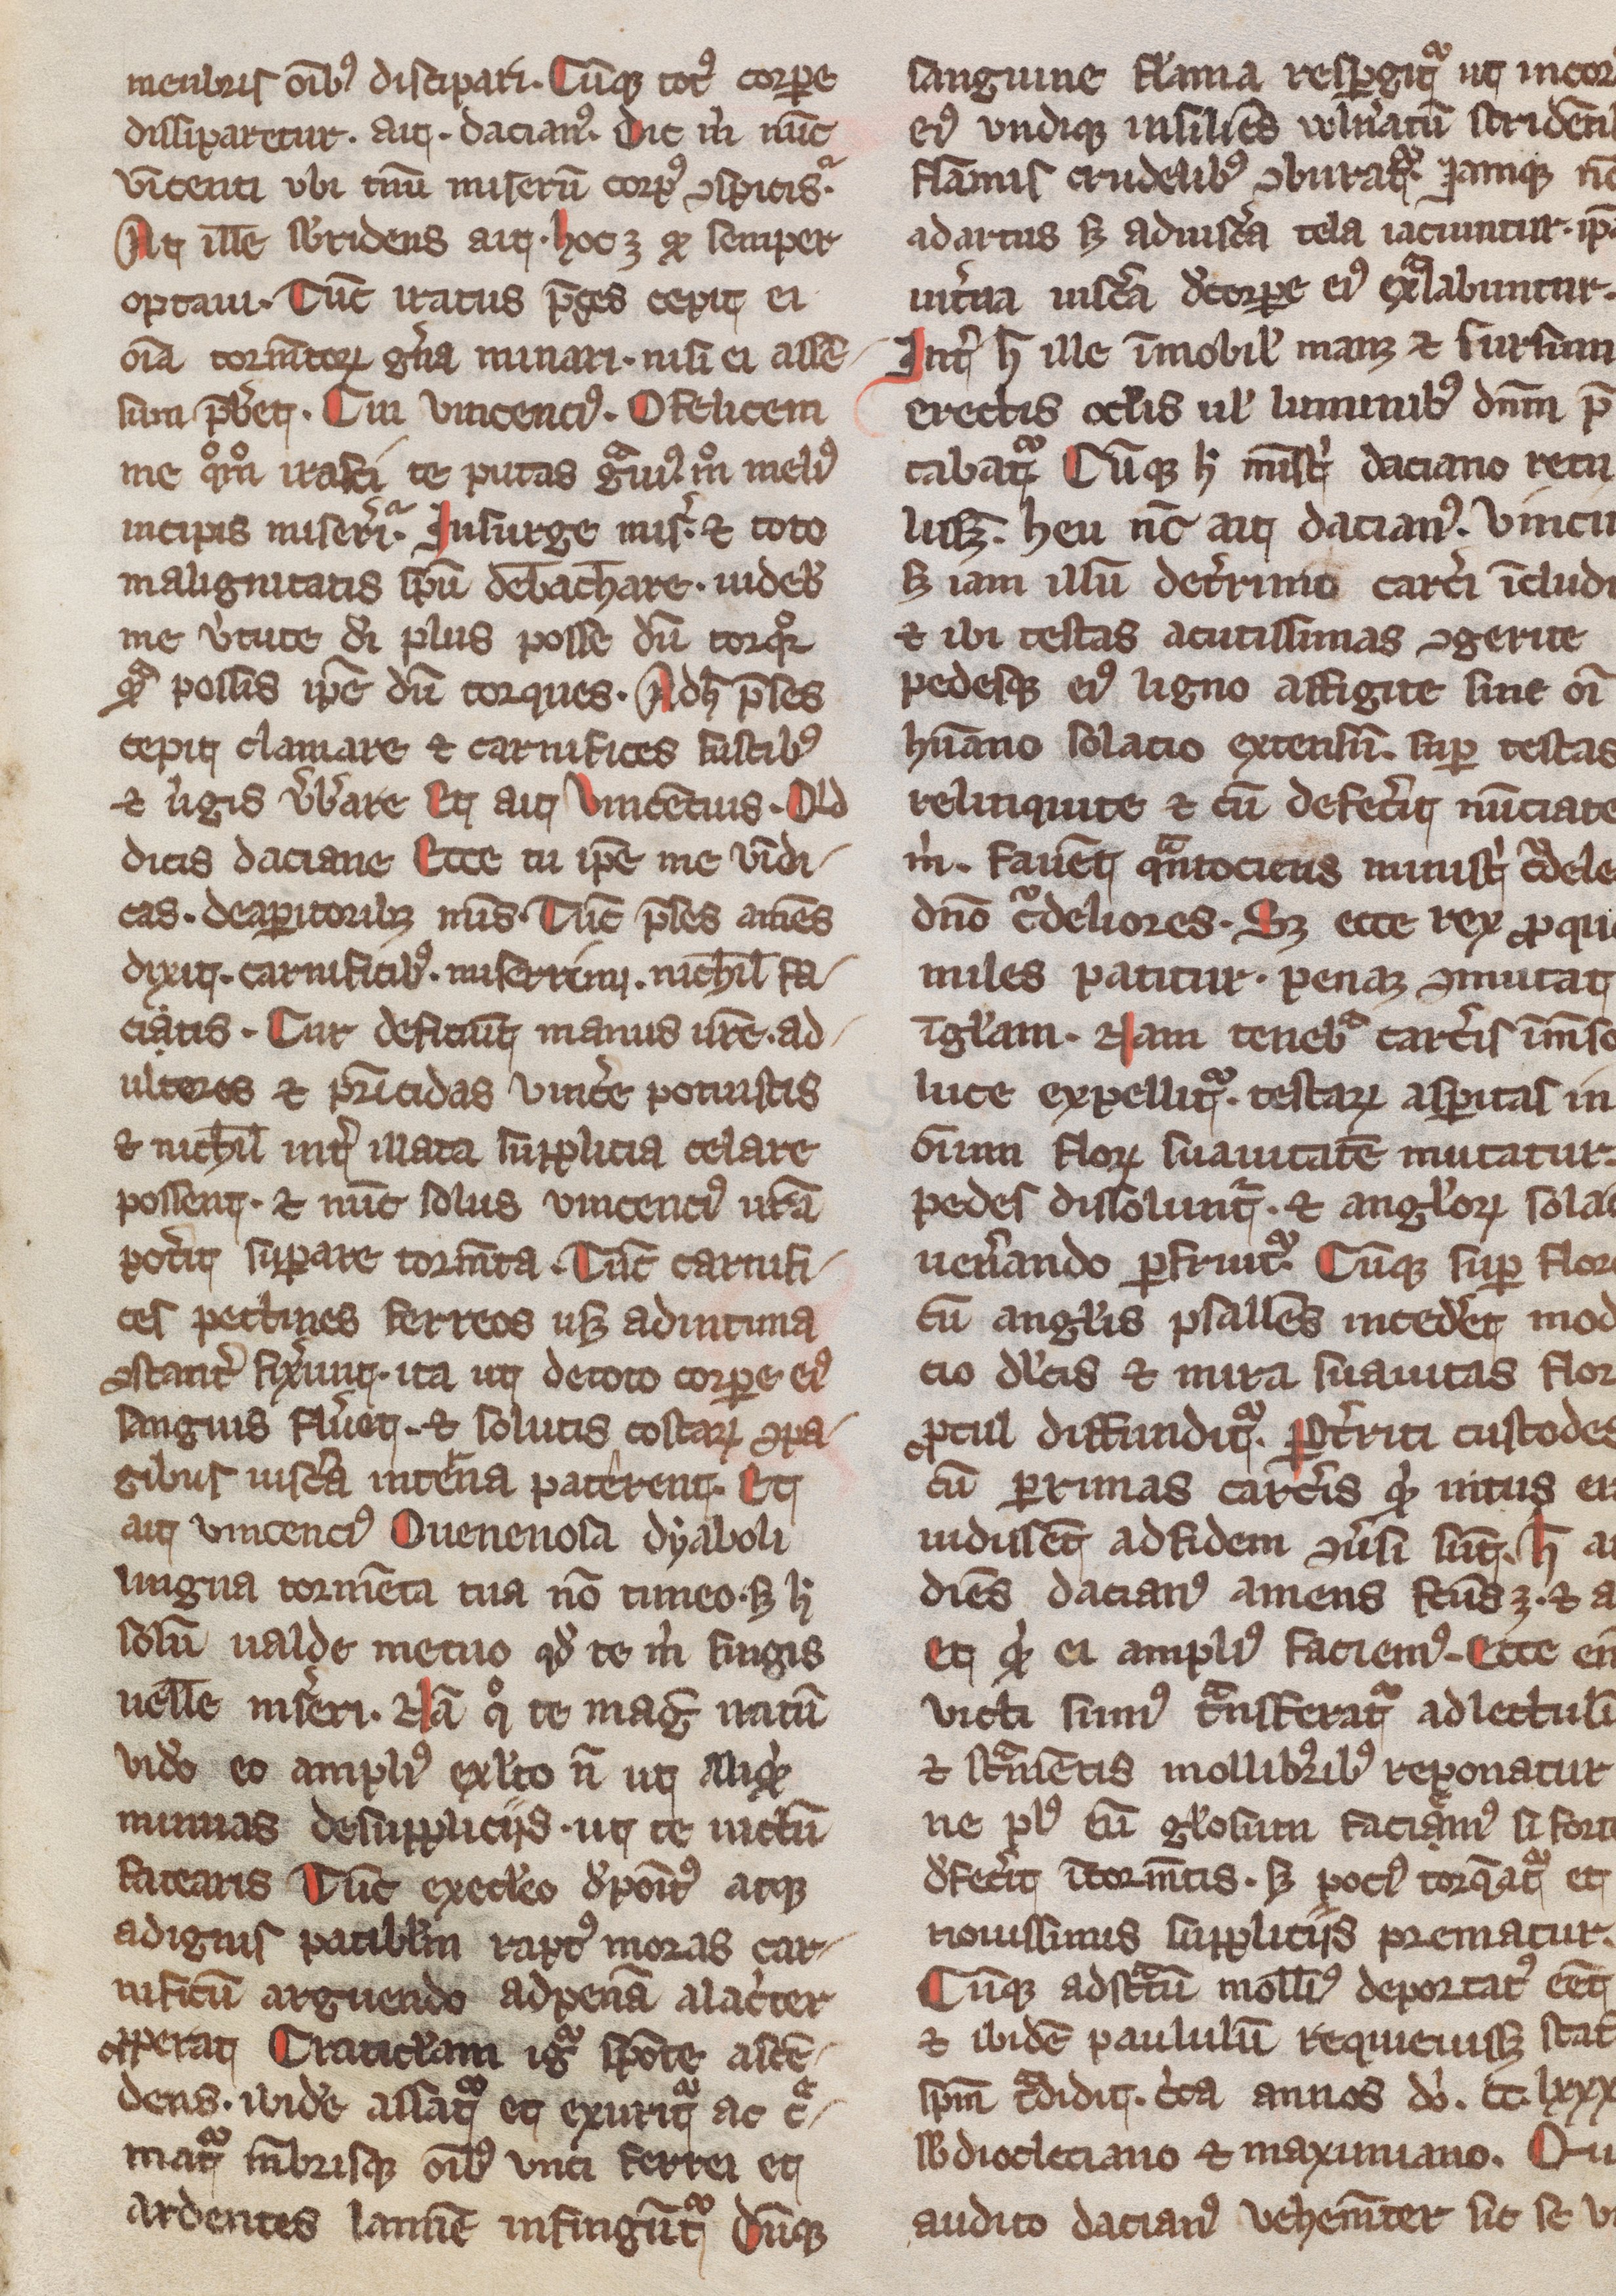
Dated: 1300–1399